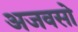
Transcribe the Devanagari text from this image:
अजवसो